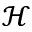
\mathcal { H }